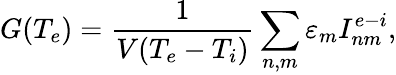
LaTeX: G(T_{e})=\frac{1}{V(T_{e}-T_{i})}\sum_{n,m}\varepsilon_{m}I_{nm}^{e-i},